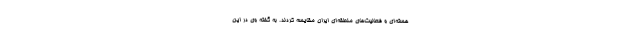
هسته‌ای و فعالیت‌های منطقه‌ای ایران مقایسه کردند. به گفته وی در این